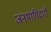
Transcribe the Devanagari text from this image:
जनभागिदारी